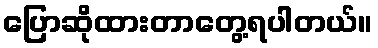
ပြောဆိုထားတာတွေ့ရပါတယ်။